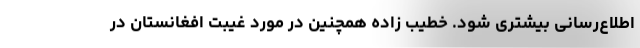
اطلاع‌رسانی بیشتری شود. خطیب زاده همچنین در مورد غیبت افغانستان در